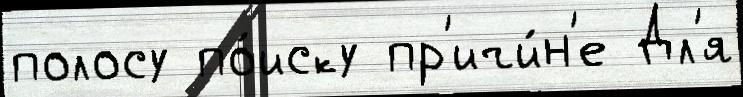
полосу по́иску пр'ичи́н'е Дл'я